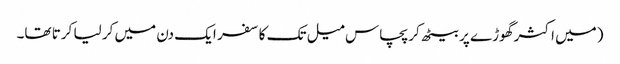
(میں اکثر گھوڑے پر بیٹھ کر پچاس میل تک کا سفر ایک دن میں کر لیا کرتا تھا۔